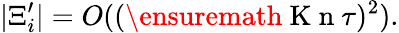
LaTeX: \vert\Xi_{i}^{\prime}\vert=O((\ensuremath{\mathrm{~K~n~}}\tau)^{2}).